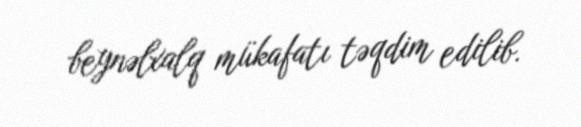
beynəlxalq mükafatı təqdim edilib.